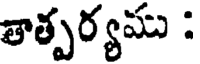
తాత్పర్యము :